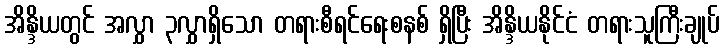
အိန္ဒိယတွင် အလွှာ ၃လွှာရှိသော တရားစီရင်ရေးစနစ် ရှိပြီး အိန္ဒိယနိုင်ငံ တရားသူကြီးချုပ်